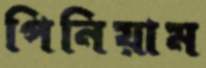
পিনিয়াম